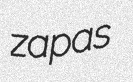
zapas